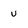
Character: v